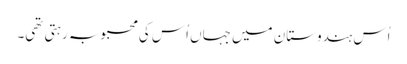
اُس ہندوستان میں جہاں اُس کی محبوبہ رہتی تھی۔